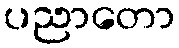
ပညာတော